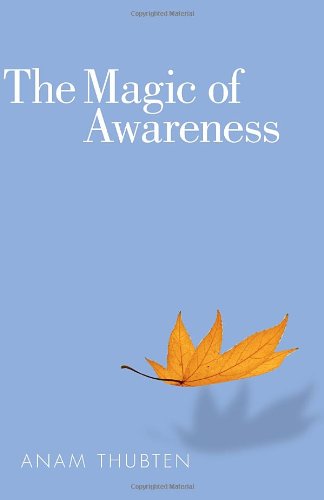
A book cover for The Magic of Awareness; Anam Thubten; Religion & Spirituality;